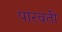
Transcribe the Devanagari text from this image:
पारवती